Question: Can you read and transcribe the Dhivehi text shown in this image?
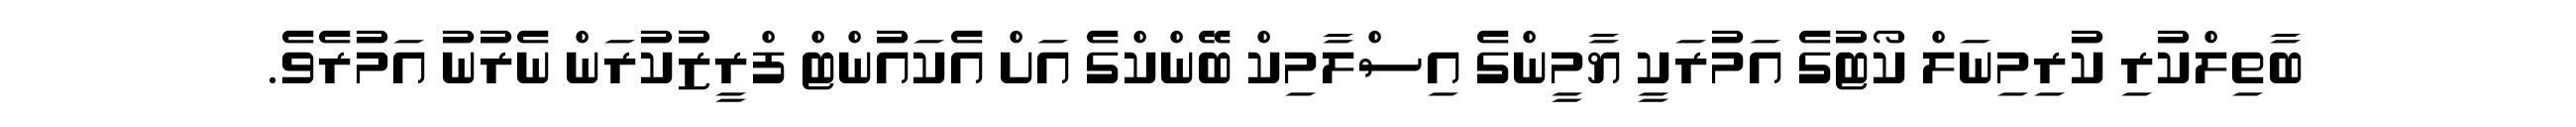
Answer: ބާތިލްކުރި ކުރިމިނަލް ކޯޓުގެ އަމުރަކީ ޔާމީންގެ އިސްލާމިކް ބޭންކްގެ އަށް އެކައުންޓް ފްރީޒުކުރަން ނެރުނު އަމުރެވެ.